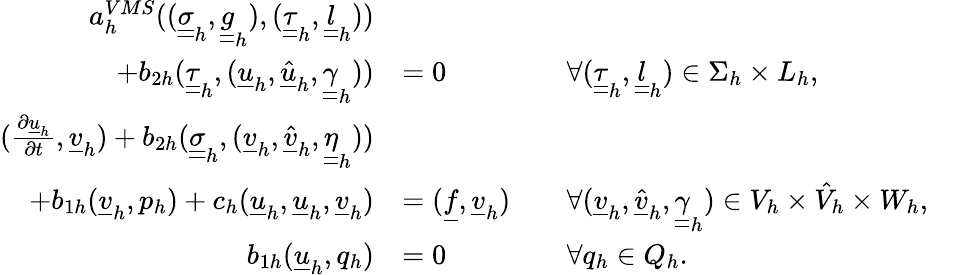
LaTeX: \begin{array}{rlrlr}{a_{h}^{VMS}((\underline{{\underline{{\sigma}}}}_{h},\underline{{\underline{{g}}}}_{h}),(\underline{{\underline{{\tau}}}}_{h},\underline{{\underline{{l}}}}_{h}))}&{}&&{}\\ {+b_{2h}(\underline{{\underline{{\tau}}}}_{h},(\underline{{u}}_{h},\underline{{\hat{u}}}_{h},\underline{{\underline{{\gamma}}}}_{h}))}&{=0}&&{\forall(\underline{{\underline{{\tau}}}}_{h},\underline{{\underline{{l}}}}_{h})\in\Sigma_{h}\times L_{h},}&\\ {(\frac{\partial\underline{{u}}_{h}}{\partial t},\underline{{v}}_{h})+b_{2h}(\underline{{\underline{{\sigma}}}}_{h},(\underline{{v}}_{h},\underline{{\hat{v}}}_{h},\underline{{\underline{{\eta}}}}_{h}))}&{}&&{}\\ {+b_{1h}(\underline{{v}}_{h},p_{h})+c_{h}(\underline{{u}}_{h},\underline{{u}}_{h},\underline{{v}}_{h})}&{=(\underline{{f}},\underline{{v}}_{h})}&&{\forall(\underline{{v}}_{h},\underline{{\hat{v}}}_{h},\underline{{\underline{{\gamma}}}}_{h})\in V_{h}\times\hat{V}_{h}\times W_{h},}&\\ {b_{1h}(\underline{{u}}_{h},q_{h})}&{=0}&&{\forall q_{h}\in Q_{h}.}&\end{array}